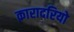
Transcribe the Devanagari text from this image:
क़ारादरियो